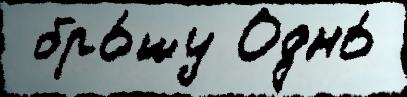
 бро́шу Одно́